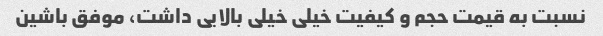
نسبت به قیمت حجم و کیفیت خیلی خیلی بالایی داشت، موفق باشین